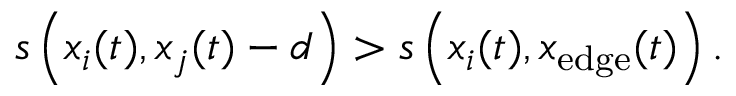
\begin{array} { r } { s \left( x _ { i } ( t ) , x _ { j } ( t ) - d \right) > s \left( x _ { i } ( t ) , x _ { \mathrm { e d g e } } ( t ) \right) . } \end{array}